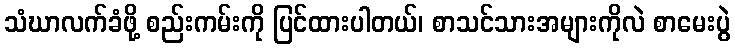
သံဃာလက်ခံဖို့ စည်းကမ်းကို ပြင်ထားပါတယ်၊ စာသင်သားအများကိုလဲ စာမေးပွဲ